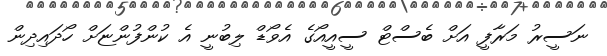
ނަސީރު މަރާފީ އަށް ބެސްޓް ސީއީއޯގެ އެވޯޑް ލިބުނީ އެ ކުންފުންޏަށް ހޯދައިދިން